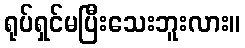
ရုပ်ရှင်မပြီးသေးဘူးလား။